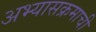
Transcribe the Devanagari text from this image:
अभ्‍यासक्रमाची